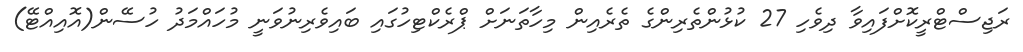
ރަޖިސްޓްރީކޮށްފައިވާ ދިވެހި 27 ކުޅުންތެރިންގެ ތެރެއިން މިހާތަނަށް ޕްރެކްޓިހުގައި ބައިވެރިނުވަނީ މުހައްމަދު ހުސޭން(އޮއިއްޓޭ)